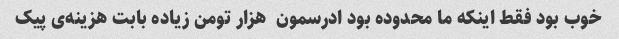
خوب بود فقط اینکه ما محدوده بود ادرسمون  هزار تومن زیاده بابت هزینه‌ی پیک